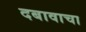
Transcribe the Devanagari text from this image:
दबावाचा